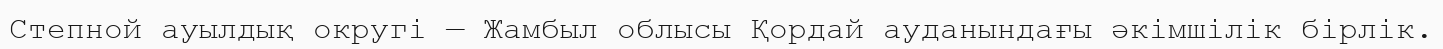
Степной ауылдық округі — Жамбыл облысы Қордай ауданындағы әкімшілік бірлік.